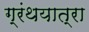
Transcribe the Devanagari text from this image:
ग्रंथयात्रा